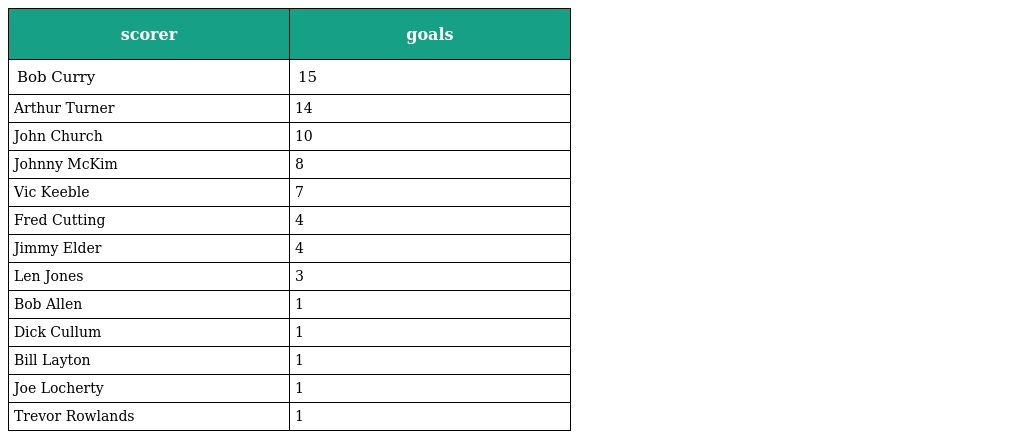
| scorer | goals |
 | --- | --- |
 | Bob Curry | 15 |
 | Arthur Turner | 14 |
 | John Church | 10 |
 | Johnny McKim | 8 |
 | Vic Keeble | 7 |
 | Fred Cutting | 4 |
 | Jimmy Elder | 4 |
 | Len Jones | 3 |
 | Bob Allen | 1 |
 | Dick Cullum | 1 |
 | Bill Layton | 1 |
 | Joe Locherty | 1 |
 | Trevor Rowlands | 1 |